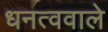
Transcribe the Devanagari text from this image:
धनत्ववाले